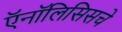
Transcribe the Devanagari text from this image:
ऍनॉलिसिसचे